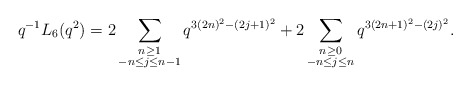
\begin{align*} q^{-1} L_{6}(q^2) = 2\sum_{\substack{n \geq 1 \\ -n \leq j \leq n-1}} q^{3(2n)^2 - (2j+1)^2} + 2\sum_{\substack{n \geq 0 \\ -n \leq j \leq n}} q^{3(2n+1)^2 - (2j)^2}.\end{align*}